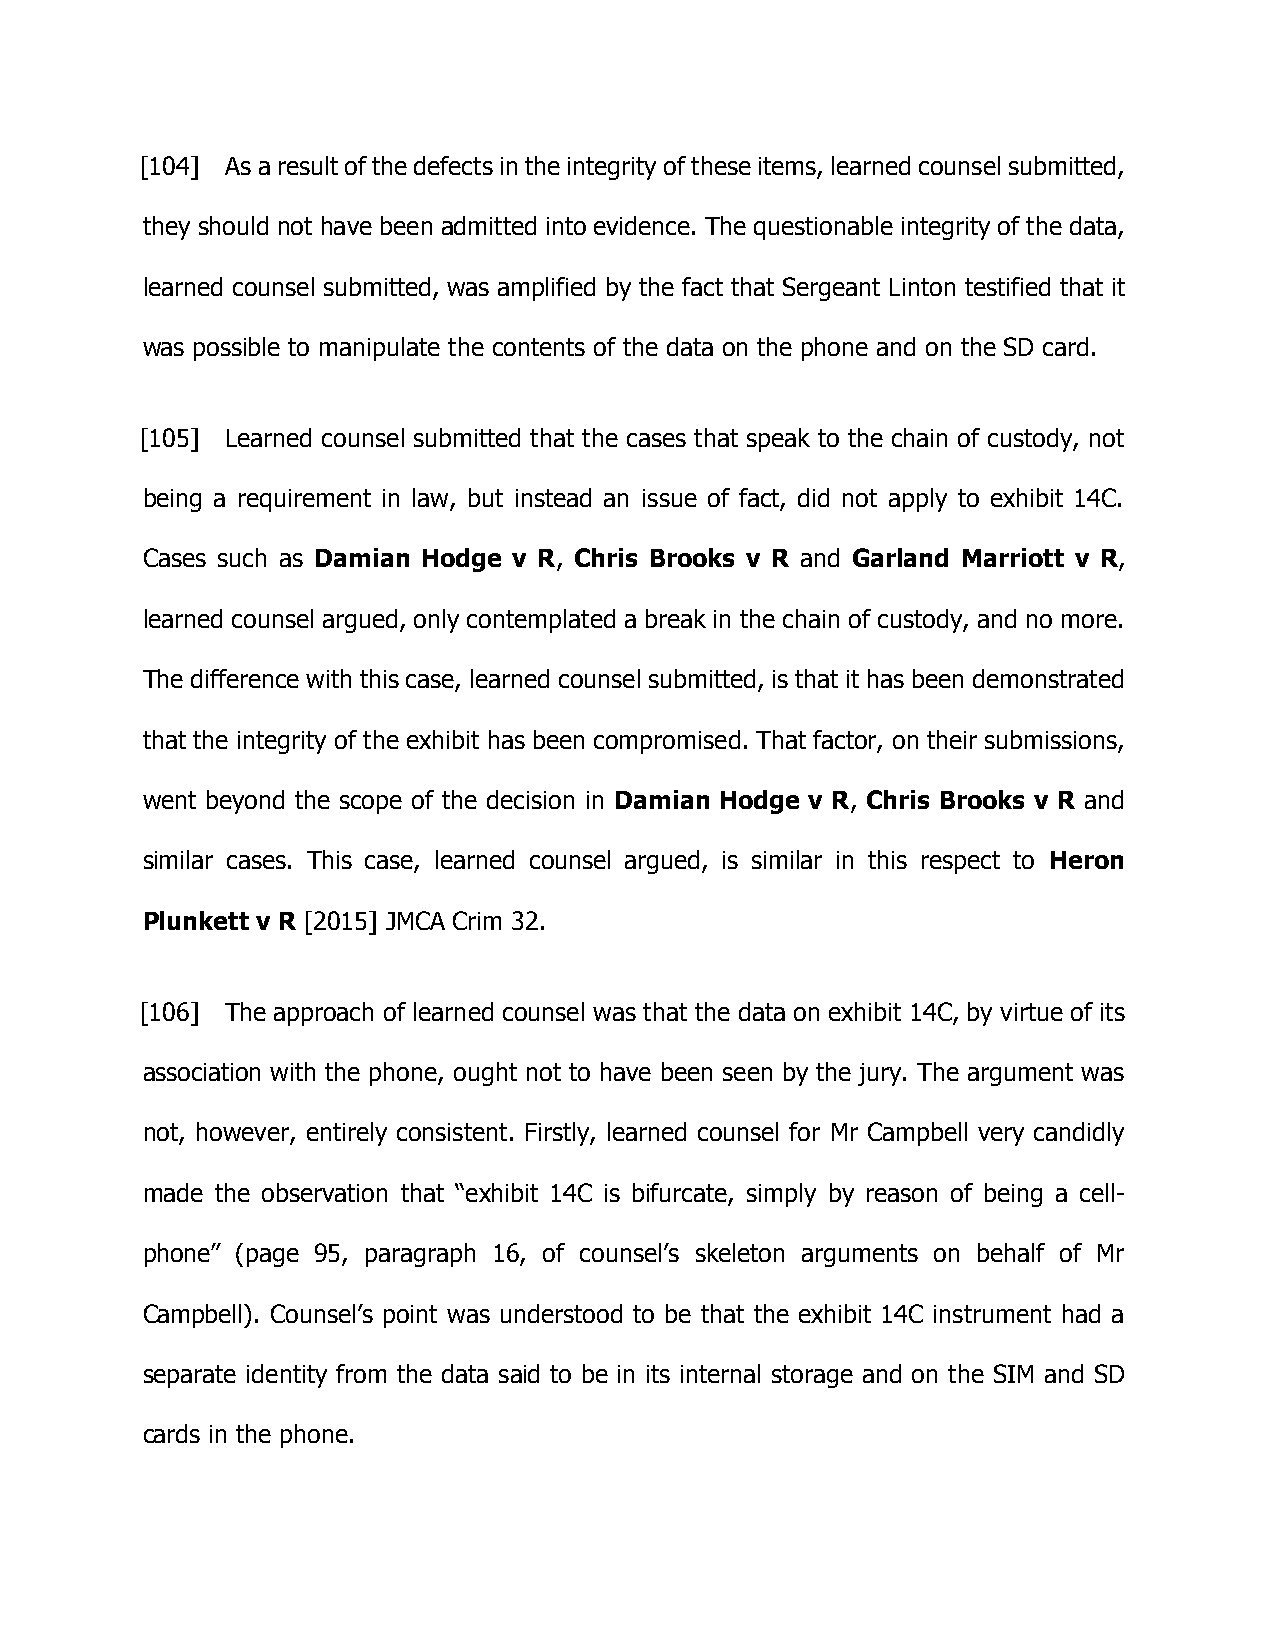
[104] As a result of the defects in the integrity of these items, learned counsel submitted,
 they should not have been admitted into evidence. The questionable integrity of the data,
 learned counsel submitted, was amplified by the fact that Sergeant Linton testified that it
 was possible to manipulate the contents of the data on the phone and on the SD card.
 [105] Learned counsel submitted that the cases that speak to the chain of custody, not
 being a requirement in law, but instead an issue of fact, did not apply to exhibit 14C.
 Cases such as Damian Hodge v R, Chris Brooks v R and Garland Marriott v R,
 learned counsel argued, only contemplated a break in the chain of custody, and no more.
 The difference with this case, learned counsel submitted, is that it has been demonstrated
 that the integrity of the exhibit has been compromised. That factor, on their submissions,
 went beyond the scope of the decision in Damian Hodge v R, Chris Brooks v R and
 similar cases. This case, learned counsel argued, is similar in this respect to Heron
 Plunkett v R [2015] JMCA Crim 32.
 [106] The approach of learned counsel was that the data on exhibit 14C, by virtue of its
 association with the phone, ought not to have been seen by the jury. The argument was
 not, however, entirely consistent. Firstly, learned counsel for Mr Campbell very candidly
 made the observation that “exhibit 14C is bifurcate, simply by reason of being a cell-
 phone” (page 95, paragraph 16, of counsel’s skeleton arguments on behalf of Mr
 Campbell). Counsel’s point was understood to be that the exhibit 14C instrument had a
 separate identity from the data said to be in its internal storage and on the SIM and SD
 cards in the phone.